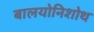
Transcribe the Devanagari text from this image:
बालयोनिशोथ